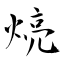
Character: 煷